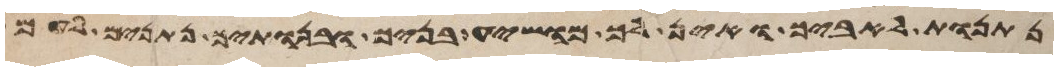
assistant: נתנות לאיביך ואין לך מושיע בניך ובנתיך נתנים לעם